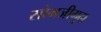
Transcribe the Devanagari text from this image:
सोमजीगुदा